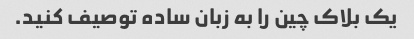
یک بلاک چین را به زبان ساده توصیف کنید.